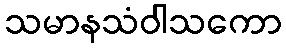
သမာနသံဝါသကော